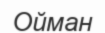
Ойман